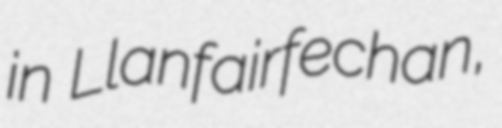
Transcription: in Llanfairfechan,